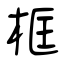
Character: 框